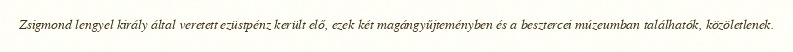
Zsigmond lengyel király által veretett ezüstpénz került elő, ezek két magángyűjteményben és a besztercei múzeumban találhatók, közöletlenek.